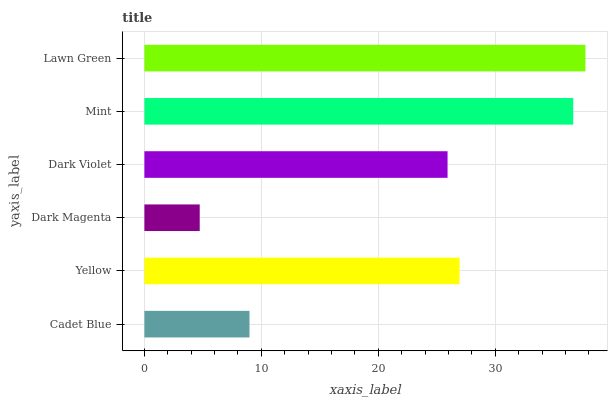
| yaxis_label | bars |
 | --- | --- |
 | Cadet Blue | 8.98 |
 | Yellow | 26.9 |
 | Dark Magenta | 4.73 |
 | Dark Violet | 25.9 |
 | Mint | 36.7 |
 | Lawn Green | 37.7 |